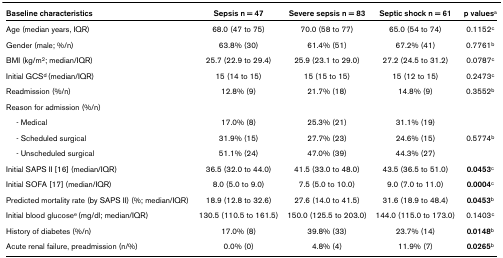
<table><thead><tr><td><b>Baseline characteristics</b></td><td><b>Sepsis n = 47</b></td><td><b>Severe sepsis n = 83</b></td><td><b>Septic shock n = 61</b></td><td><b>p values<sup>a</sup></b></td></tr></thead><tbody><tr><td>Age (median years, IQR)</td><td>68.0 (47 to 75)</td><td>70.0 (58 to 77)</td><td>65.0 (54 to 74)</td><td>0.1152<sup>c</sup></td></tr><tr><td>Gender (male; %/n)</td><td>63.8% (30)</td><td>61.4% (51)</td><td>67.2% (41)</td><td>0.7761<sup>b</sup></td></tr><tr><td>BMI (kg/m<sup>2</sup>; median/IQR)</td><td>25.7 (22.9 to 29.4)</td><td>25.9 (23.1 to 29.0)</td><td>27.2 (24.5 to 31.2)</td><td>0.0787<sup>c</sup></td></tr><tr><td>Initial GCS<sup>d </sup>(median/IQR)</td><td>15 (14 to 15)</td><td>15 (15 to 15)</td><td>15 (12 to 15)</td><td>0.2473<sup>c</sup></td></tr><tr><td>Readmission (%/n)</td><td>12.8% (9)</td><td>21.7% (18)</td><td>14.8% (9)</td><td>0.3552<sup>b</sup></td></tr><tr><td>Reason for admission (%/n)</td><td></td><td></td><td></td><td></td></tr><tr><td> - Medical</td><td>17.0% (8)</td><td>25.3% (21)</td><td>31.1% (19)</td><td></td></tr><tr><td> - Scheduled surgical</td><td>31.9% (15)</td><td>27.7% (23)</td><td>24.6% (15)</td><td>0.5774<sup>b</sup></td></tr><tr><td> - Unscheduled surgical</td><td>51.1% (24)</td><td>47.0% (39)</td><td>44.3% (27)</td><td></td></tr><tr><td>Initial SAPS II [16] (median/IQR)</td><td>36.5 (32.0 to 44.0)</td><td>41.5 (33.0 to 48.0)</td><td>43.5 (36.5 to 51.0)</td><td><b>0.0453</b><sup>c</sup></td></tr><tr><td>Initial SOFA [17] (median/IQR)</td><td>8.0 (5.0 to 9.0)</td><td>7.5 (5.0 to 10.0)</td><td>9.0 (7.0 to 11.0)</td><td><b>0.0004</b><sup>c</sup></td></tr><tr><td>Predicted mortality rate (by SAPS II) (%; median/IQR)</td><td>18.9 (12.8 to 32.6)</td><td>27.6 (14.0 to 41.5)</td><td>31.6 (18.9 to 48.4)</td><td><b>0.0453</b><sup>b</sup></td></tr><tr><td>Initial blood glucose<sup>e </sup>(mg/dl; median/IQR)</td><td>130.5 (110.5 to 161.5)</td><td>150.0 (125.5 to 203.0)</td><td>144.0 (115.0 to 173.0)</td><td>0.1403<sup>c</sup></td></tr><tr><td>History of diabetes (%/n)</td><td>17.0% (8)</td><td>39.8% (33)</td><td>23.7% (14)</td><td><b>0.0148</b><sup>b</sup></td></tr><tr><td>Acute renal failure, preadmission (n/%)</td><td>0.0% (0)</td><td>4.8% (4)</td><td>11.9% (7)</td><td><b>0.0265</b><sup>b</sup></td></tr></tbody></table>